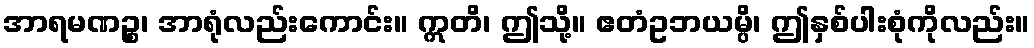
အာရမဏဉ္စ၊ အာရုံလည်းကောင်း။ ဣတိ၊ ဤသို့။ ဧတံဥဘယမ္ပိ၊ ဤနှစ်ပါးစုံကိုလည်း။